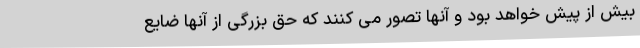
بیش از پیش خواهد بود و آنها تصور می کنند که حق بزرگی از آنها ضایع